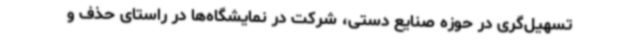
تسهیل‌گری در حوزه صنایع دستی، شرکت در نمایشگاه‌ها در راستای حذف و